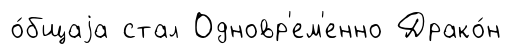
о́бщаjа стал Одновр'ем'енно Драко́н